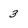
Character: 3